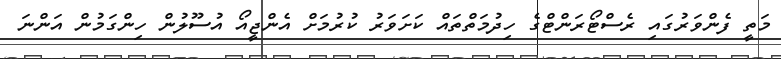
މަތީ ފެންވަރުގައި ރެސްޓޯރަންޓްގެ ހިދުމަތްތައް ކަށަވަރު ކުރުމަށް އެންޖީއޯ އުސޫލުން ހިންގަމުން އަންނަ